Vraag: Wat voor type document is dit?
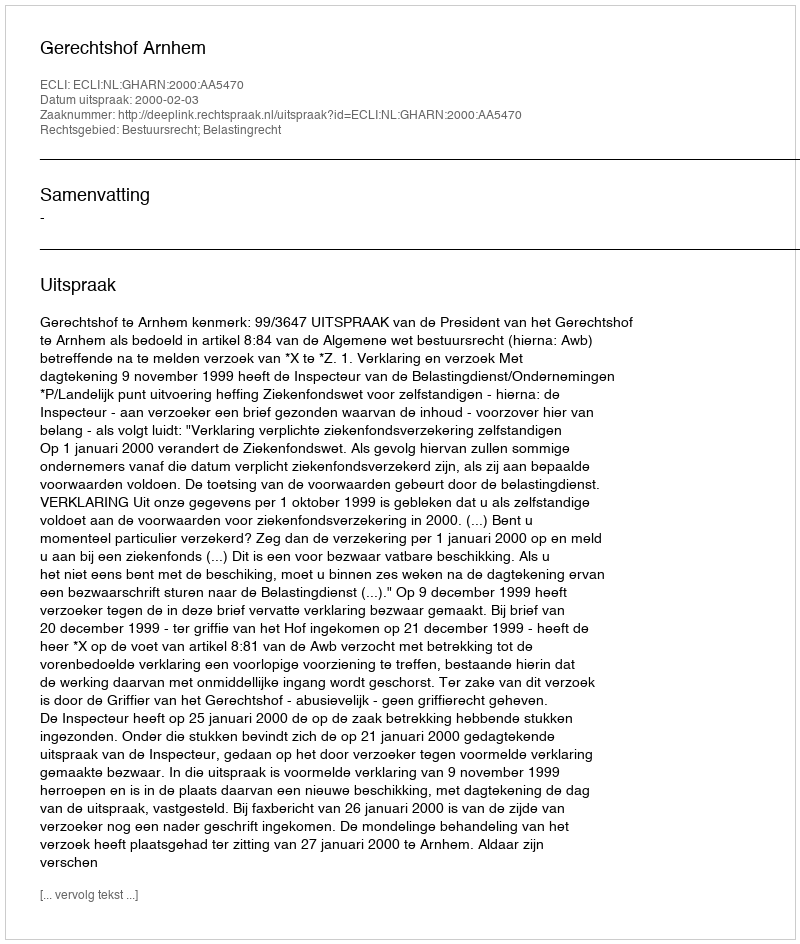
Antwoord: Uitspraak